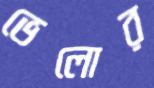
ভেলোর